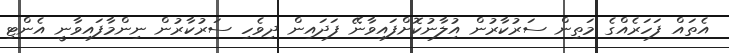
އެތައް ފަހަރެއްގެ މަތިން ސަރުކާރުން އިުލާނުކޮށްފައިވާނޭ ފަދައިން ދިވެހި ސަރުކާރުން ނިންމާފައިވާނީ އެންޓި